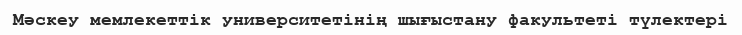
Мәскеу мемлекеттік университетінің шығыстану факультеті түлектері